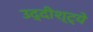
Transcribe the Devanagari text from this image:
उद्दीश्ट्ये